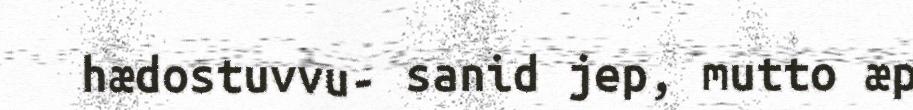
hædostuvvu- sanid jep, mutto æp